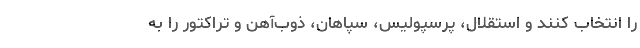
را انتخاب کنند و استقلال، پرسپولیس، سپاهان، ذوب‌آهن و تراکتور را به